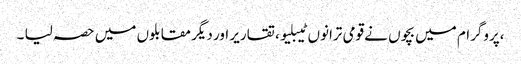
،پروگرام میں بچوں نے قومی ترانوں ٹیبلیو ، تقاریر اور دیگر مقابلوں میں حصہ لیا ۔